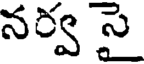
నర్వ సై